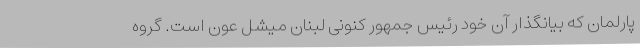
پارلمان که بیانگذار آن خود رئیس جمهور کنونی لبنان میشل عون است. گروه